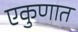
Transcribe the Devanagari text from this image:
एकुणात